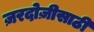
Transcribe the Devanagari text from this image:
ज़रदोज़ीसाठी